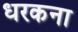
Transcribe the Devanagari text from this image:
धरकना